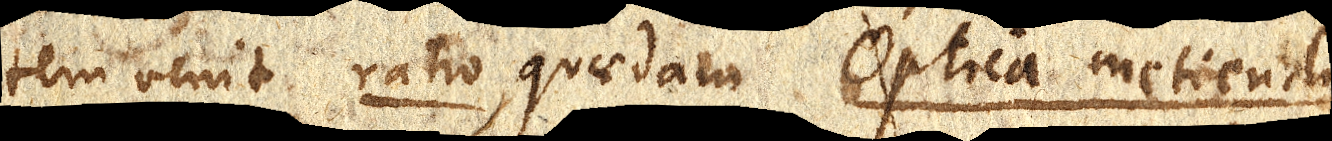
tem venit ratio, quaedam Optica metiendi